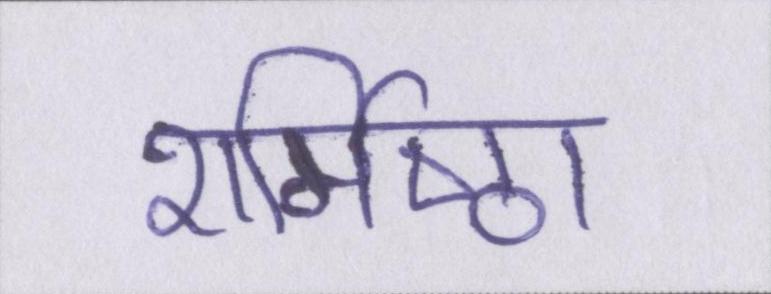
शर्मिष्ठा